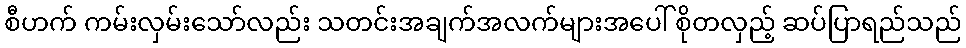
စီဟက် ကမ်းလှမ်းသော်လည်း သတင်းအချက်အလက်များအပေါ် စိုတလှည့် ဆပ်ပြာရည်သည်